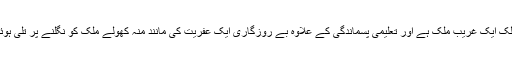
ہمارا ملک ایک غریب ملک ہے اور تعلیمی پسماندگی کے علاوہ بے روزگاری ایک عفریت کی مانند منہ کھولے ملک کو نگلنے پر تلی ہوئی ہے ۔